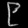
Digit: ၉